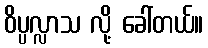
ဝိပ္ပလ္လာသ လို့ ခေါ်တယ်။